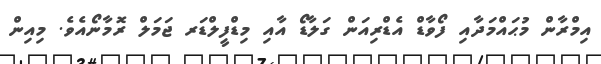
އިމްރާން މުޙައްމަދާއި ފޯވާޑް އެޑްރިއަން ގަލާޑޯ އާއި މިޑްފީލްޑަރ ޖަމަލް ރޮމާނޯއެވެ. މިއިން